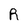
Character: R